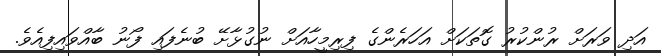
އަދި ވަރަށް ރުންކުރު ގޮތަކަށް އަހަރެންގެ ފިރިމީހާއަށް ނުގުޅާށޭ ބުނެފައި ފޯނު ބާއްވައިފިއެވެ.